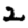
Digit: 2